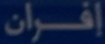
إِفْرَان